Annual report of the Punjab Veterinary College and of the Civil Veterinary Department, Punjab - 1926-1932
Year: 1926
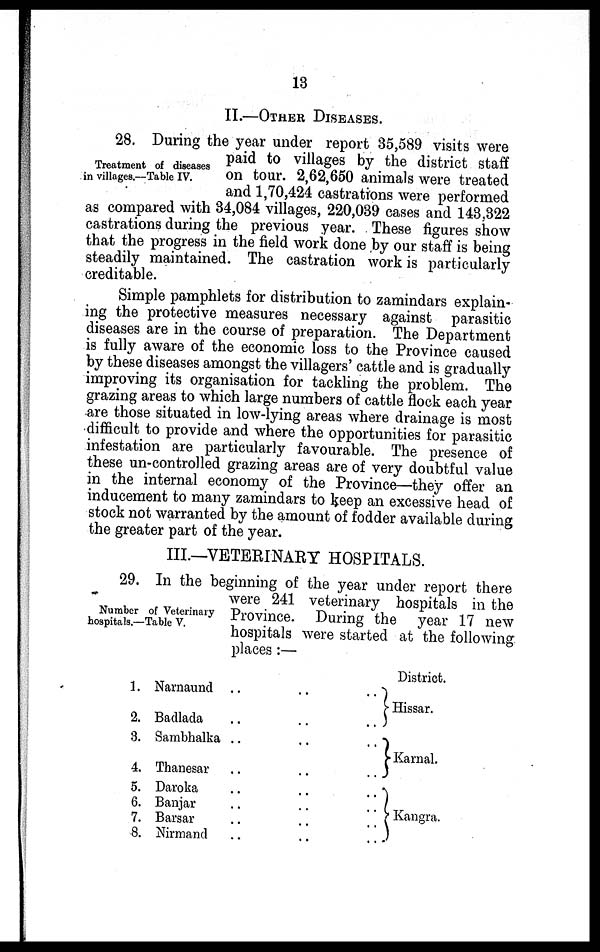
13
II.—OTHER DISEASES.
Treatment of diseases
in villages.—Table IV.
28. During the year under report 35,589 visits were
paid to villages by the district staff
on tour. 2,62,650 animals were treated
and 1,70,424 castrations were performed
as compared with 34,084 villages, 220,039 cases and 143,322
castrations during the previous year. These figures show
that the progress in the field work done by our staff is being
steadily maintained. The castration work is particularly
creditable.
Simple pamphlets for distribution to zamindars explain-
ing the protective measures necessary against parasitic
diseases are in the course of preparation. The Department
is fully aware of the economic loss to the Province caused
by these diseases amongst the villagers' cattle and is gradually
improving its organisation for tackling the problem. The
grazing areas to which large numbers of cattle flock each year
are those situated in low-lying areas where drainage is most
difficult to provide and where the opportunities for parasitic
infestation are particularly favourable. The presence of
these un-controlled grazing areas are of very doubtful value
in the internal economy of the Province—they offer an
inducement to many zamindars to keep an excessive head of
stock not warranted by the amount of fodder available during
the greater part of the year.
III.—VETERINARY HOSPITALS.
Number of Veterinary
hospitals.—Table V.
29. In the beginning of the year under report there
were 241 veterinary hospitals in the
Province. During the year 17 new
hospitals were started at the following
places :—
1. Narnaund
..
..
..
2. Badlada .. .. ..
3. Sambhalka ..
..
..
4. Thanesar .. .. ..
5. Daroka .. .. ..
6. Banjar .. .. ..
7. Barsar .. .. ..
8. Nirmand .. .. ..
District.
Hissar.
Karnal.
Kangra.